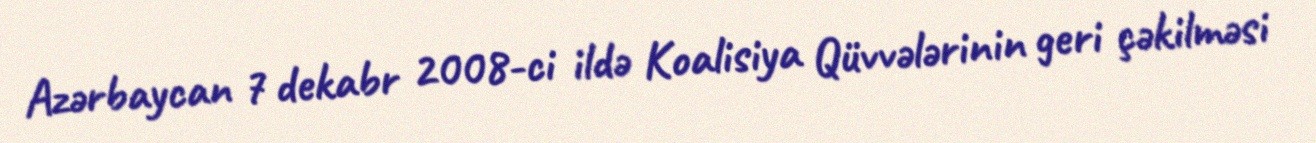
Azərbaycan 7 dekabr 2008-ci ildə Koalisiya Qüvvələrinin geri çəkilməsi